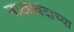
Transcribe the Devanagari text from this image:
नाट्यवेदाच्या